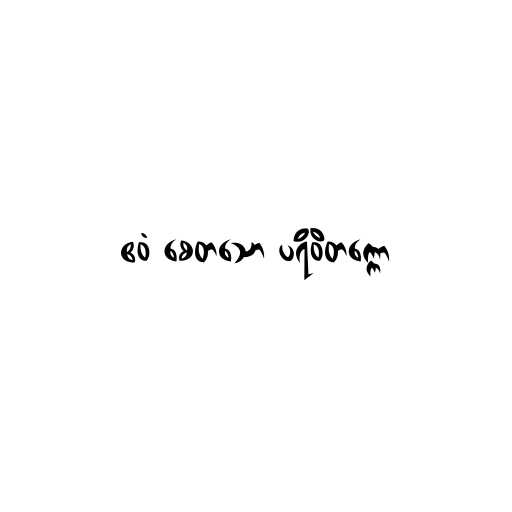
ဧဝံ စေတသော ပရိဝိတက္ကော